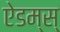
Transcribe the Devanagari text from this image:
ऐडम्स्‌